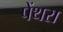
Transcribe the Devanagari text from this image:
पेंथरा